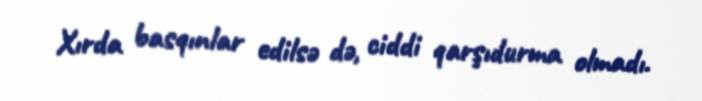
Xırda basqınlar edilsə də, ciddi qarşıdurma olmadı.